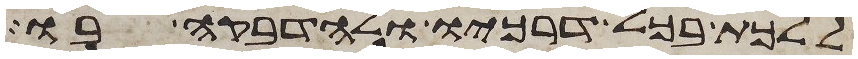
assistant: ללכת בכל דרכיו ולהדבקה בו